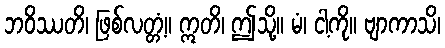
ဘဝိဿတိ၊ ဖြစ်လတ္တံ့။ ဣတိ၊ ဤသို့။ မံ၊ ငါ့ကို။ ဗျာကာသိ၊